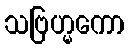
သဗြဟ္မကော